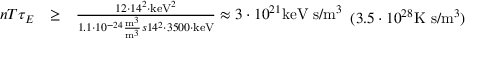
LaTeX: { \begin{array} { l l l } { n T \tau _ { E } } & { \geq } & { { \frac { 1 2 \cdot 1 4 ^ { 2 } \cdot \mathrm { { k e V } } ^ { 2 } } { 1 . 1 \cdot 1 0 ^ { - 2 4 } { \frac { \mathrm { { m } } ^ { 3 } } { \mathrm { { m } } ^ { 3 } } { { s } } } 1 4 ^ { 2 } \cdot 3 5 0 0 \cdot \mathrm { { k e V } } } } \approx 3 \cdot 1 0 ^ { 2 1 } { \mathrm { k e V ~ s } } / { \mathrm { m } } ^ { 3 } } \end{array} } ( 3 . 5 \cdot 1 0 ^ { 2 8 } { \mathrm { K ~ s } } / { \mathrm { m } } ^ { 3 } )